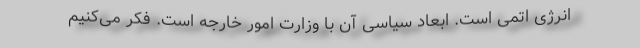
انرژی اتمی است. ابعاد سیاسی آن با وزارت امور خارجه است. فکر می‌کنیم